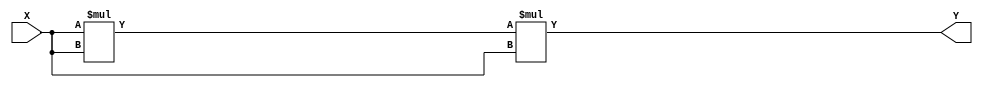
module CUB(X,
           Y,
           );
    input [2:0] X;
    output [8:0] Y;
    
    assign Y = X*X*X;
endmodule